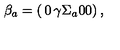
\beta _ { a } = \left( \begin{matrix} { 0 } & { \gamma \Sigma _ { a } } \\ { 0 } & { 0 } \\ \end{matrix} \right) ,